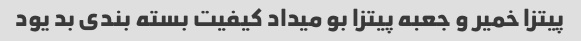
پیتزا خمیر و جعبه پیتزا بو میداد کیفیت بسته بندی بد یود